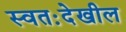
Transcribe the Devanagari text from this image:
स्वतःदेखील